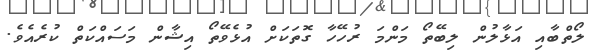
ލޯތްބާއި އަޅާލުން ލިބޭތޯ މަންމަ ރުހޭހާ ގޮތަކަށް އުޅެވޭތޯ އިޝާން މަސައްކަތް ކުރެއެވެ.